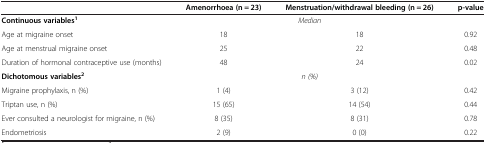
<table><thead><tr><td><b> </b></td><td><b>Amenorrhoea (n = 23)</b></td><td><b>Menstruation/withdrawal bleeding (n = 26)</b></td><td><b>p-value</b></td></tr></thead><tbody><tr><td><b>Continuous variables</b><sup><b>1</b></sup></td><td colspan="2"><i>Median</i></td><td> </td></tr><tr><td>Age at migraine onset</td><td>18</td><td>18</td><td>0.92</td></tr><tr><td>Age at menstrual migraine onset</td><td>25</td><td>22</td><td>0.48</td></tr><tr><td>Duration of hormonal contraceptive use (months)</td><td>48</td><td>24</td><td>0.02</td></tr><tr><td><b>Dichotomous variables</b><sup><b>2</b></sup></td><td colspan="2"><i>n (%)</i></td><td> </td></tr><tr><td>Migraine prophylaxis, n (%)</td><td>1 (4)</td><td>3 (12)</td><td>0.42</td></tr><tr><td>Triptan use, n (%)</td><td>15 (65)</td><td>14 (54)</td><td>0.44</td></tr><tr><td>Ever consulted a neurologist for migraine, n (%)</td><td>8 (35)</td><td>8 (31)</td><td>0.78</td></tr><tr><td>Endometriosis</td><td>2 (9)</td><td>0 (0)</td><td>0.22</td></tr></tbody></table>